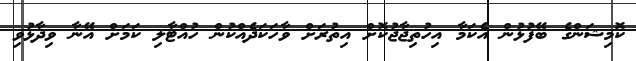
ކޮމިޝަންގެ ބޭފުޅުން އެކަމާ އިހުތިޖާޖުކޮށް އިތުރަށް ވާހަކަދެއްކުން ހުއްޓާލި ކަމަށް އޭނާ ވިދާޅުވި